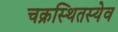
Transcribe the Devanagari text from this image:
चक्रस्थितस्येव